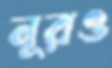
নূরও